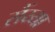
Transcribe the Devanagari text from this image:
सैंय्या